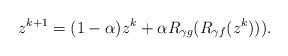
LaTeX: \begin{align*}z^{k+1} &= (1-\alpha)z^{k}+\alpha R_{\gamma g}(R_{\gamma f}(z^k))).\end{align*}